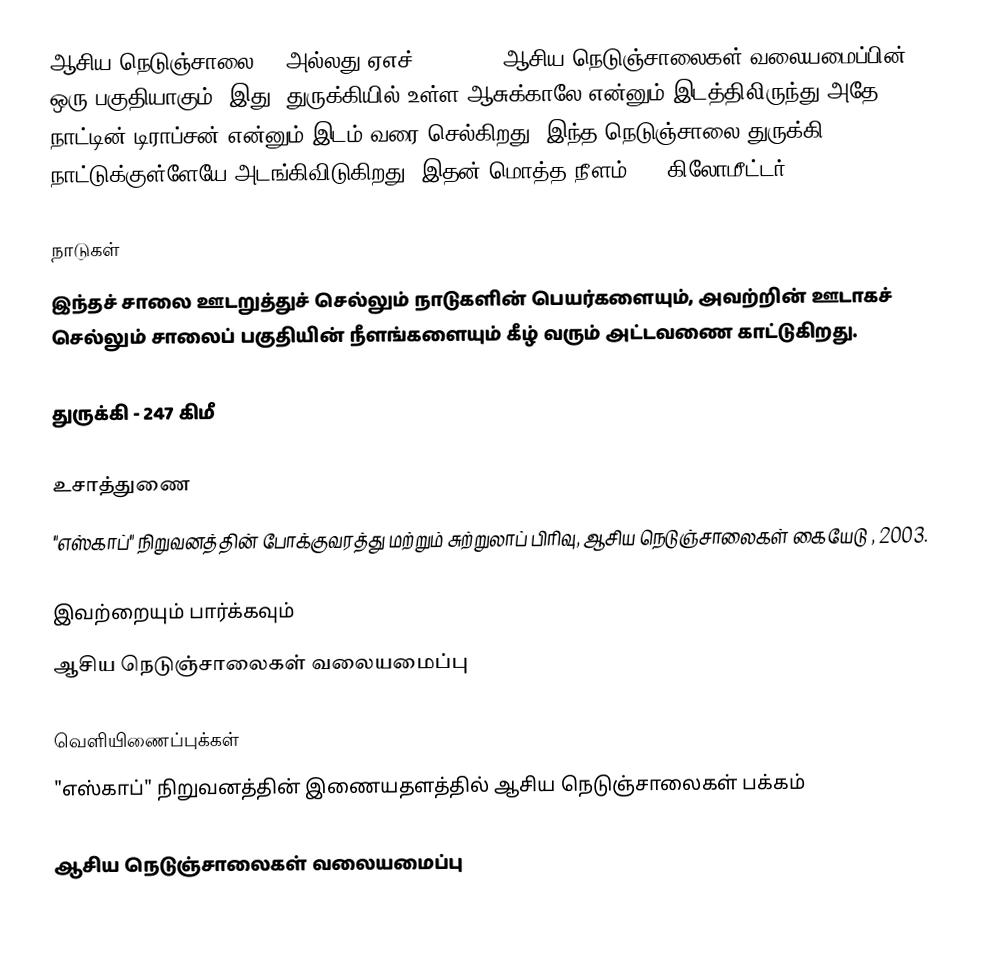
ஆசிய நெடுஞ்சாலை 86 அல்லது ஏஎச்86 (AH86), ஆசிய நெடுஞ்சாலைகள் வலையமைப்பின் ஒரு பகுதியாகும். இது, துருக்கியில் உள்ள ஆசுக்காலே என்னும் இடத்திலிருந்து அதே நாட்டின் டிராப்சன் என்னும் இடம் வரை செல்கிறது. இந்த நெடுஞ்சாலை துருக்கி நாட்டுக்குள்ளேயே அடங்கிவிடுகிறது. இதன் மொத்த நீளம் 247 கிலோமீட்டர்.

நாடுகள்
இந்தச் சாலை ஊடறுத்துச் செல்லும் நாடுகளின் பெயர்களையும், அவற்றின் ஊடாகச் செல்லும் சாலைப் பகுதியின் நீளங்களையும் கீழ் வரும் அட்டவணை காட்டுகிறது.

 துருக்கி - 247 கிமீ

உசாத்துணை
 "எஸ்காப்" நிறுவனத்தின் போக்குவரத்து மற்றும் சுற்றுலாப் பிரிவு, ஆசிய நெடுஞ்சாலைகள் கையேடு , 2003.

இவற்றையும் பார்க்கவும்
 ஆசிய நெடுஞ்சாலைகள் வலையமைப்பு

வெளியிணைப்புக்கள்
 "எஸ்காப்" நிறுவனத்தின் இணையதளத்தில் ஆசிய நெடுஞ்சாலைகள் பக்கம்

 ஆசிய நெடுஞ்சாலைகள் வலையமைப்பு